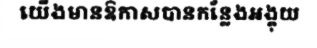
យើងមានឱកាសបានកន្លែងអង្គុយ